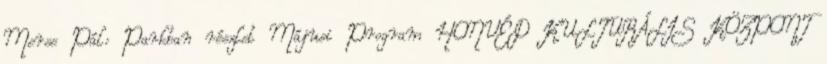
Merse Pál: Parkban részlet Májusi Program HONVÉD KULTURÁLIS KÖZPONT